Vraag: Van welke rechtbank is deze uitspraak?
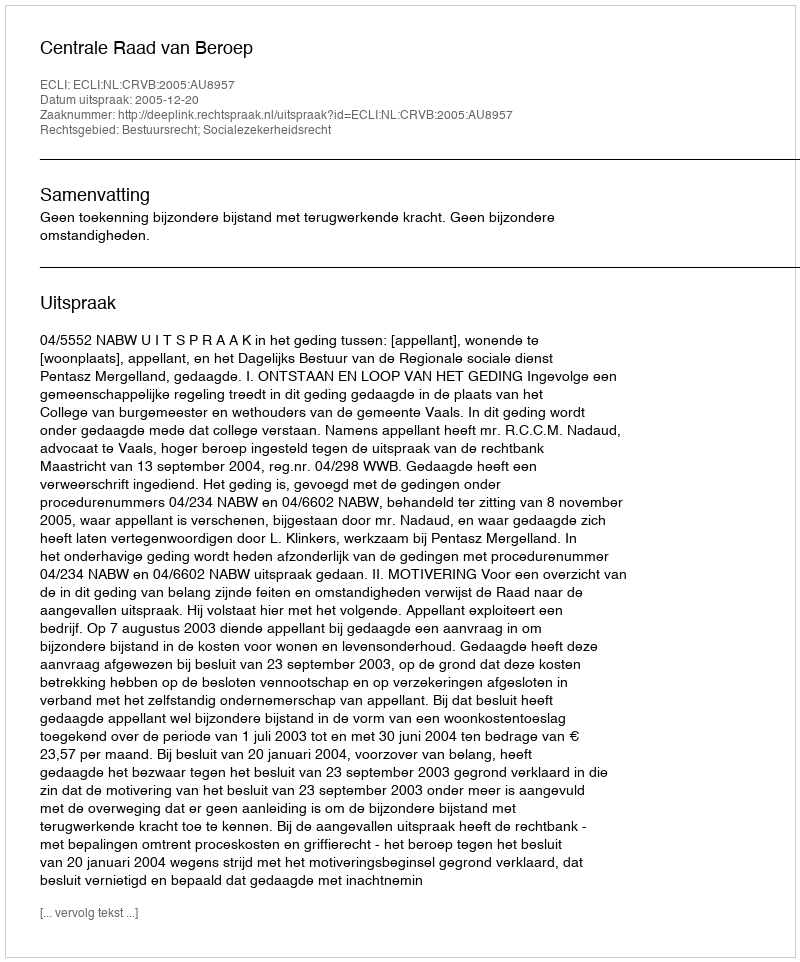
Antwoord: Centrale Raad van Beroep